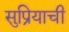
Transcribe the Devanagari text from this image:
सुप्रियाची